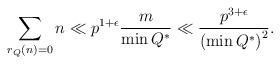
LaTeX: \begin{align*}\sum_{r_{Q}(n) = 0} n \ll p^{1+\epsilon} \frac{m}{\min Q^{*}} \ll\frac{p^{3+\epsilon}}{\left(\min Q^{*}\right)^{2}}.\end{align*}